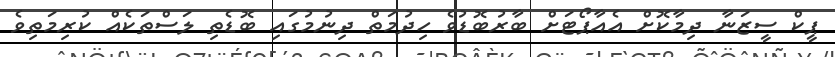
ޕީކް ސީޒަނާ ދިމާކޮށް އެއާޕޯޓަށް ބާރުބޮޑުވެ ހިދުމަތް ދިނުމުގައި ބޮޑެތި ލަސްތަކެއް ކުރިމަތިވެ